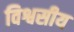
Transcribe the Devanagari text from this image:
विश्वसीय